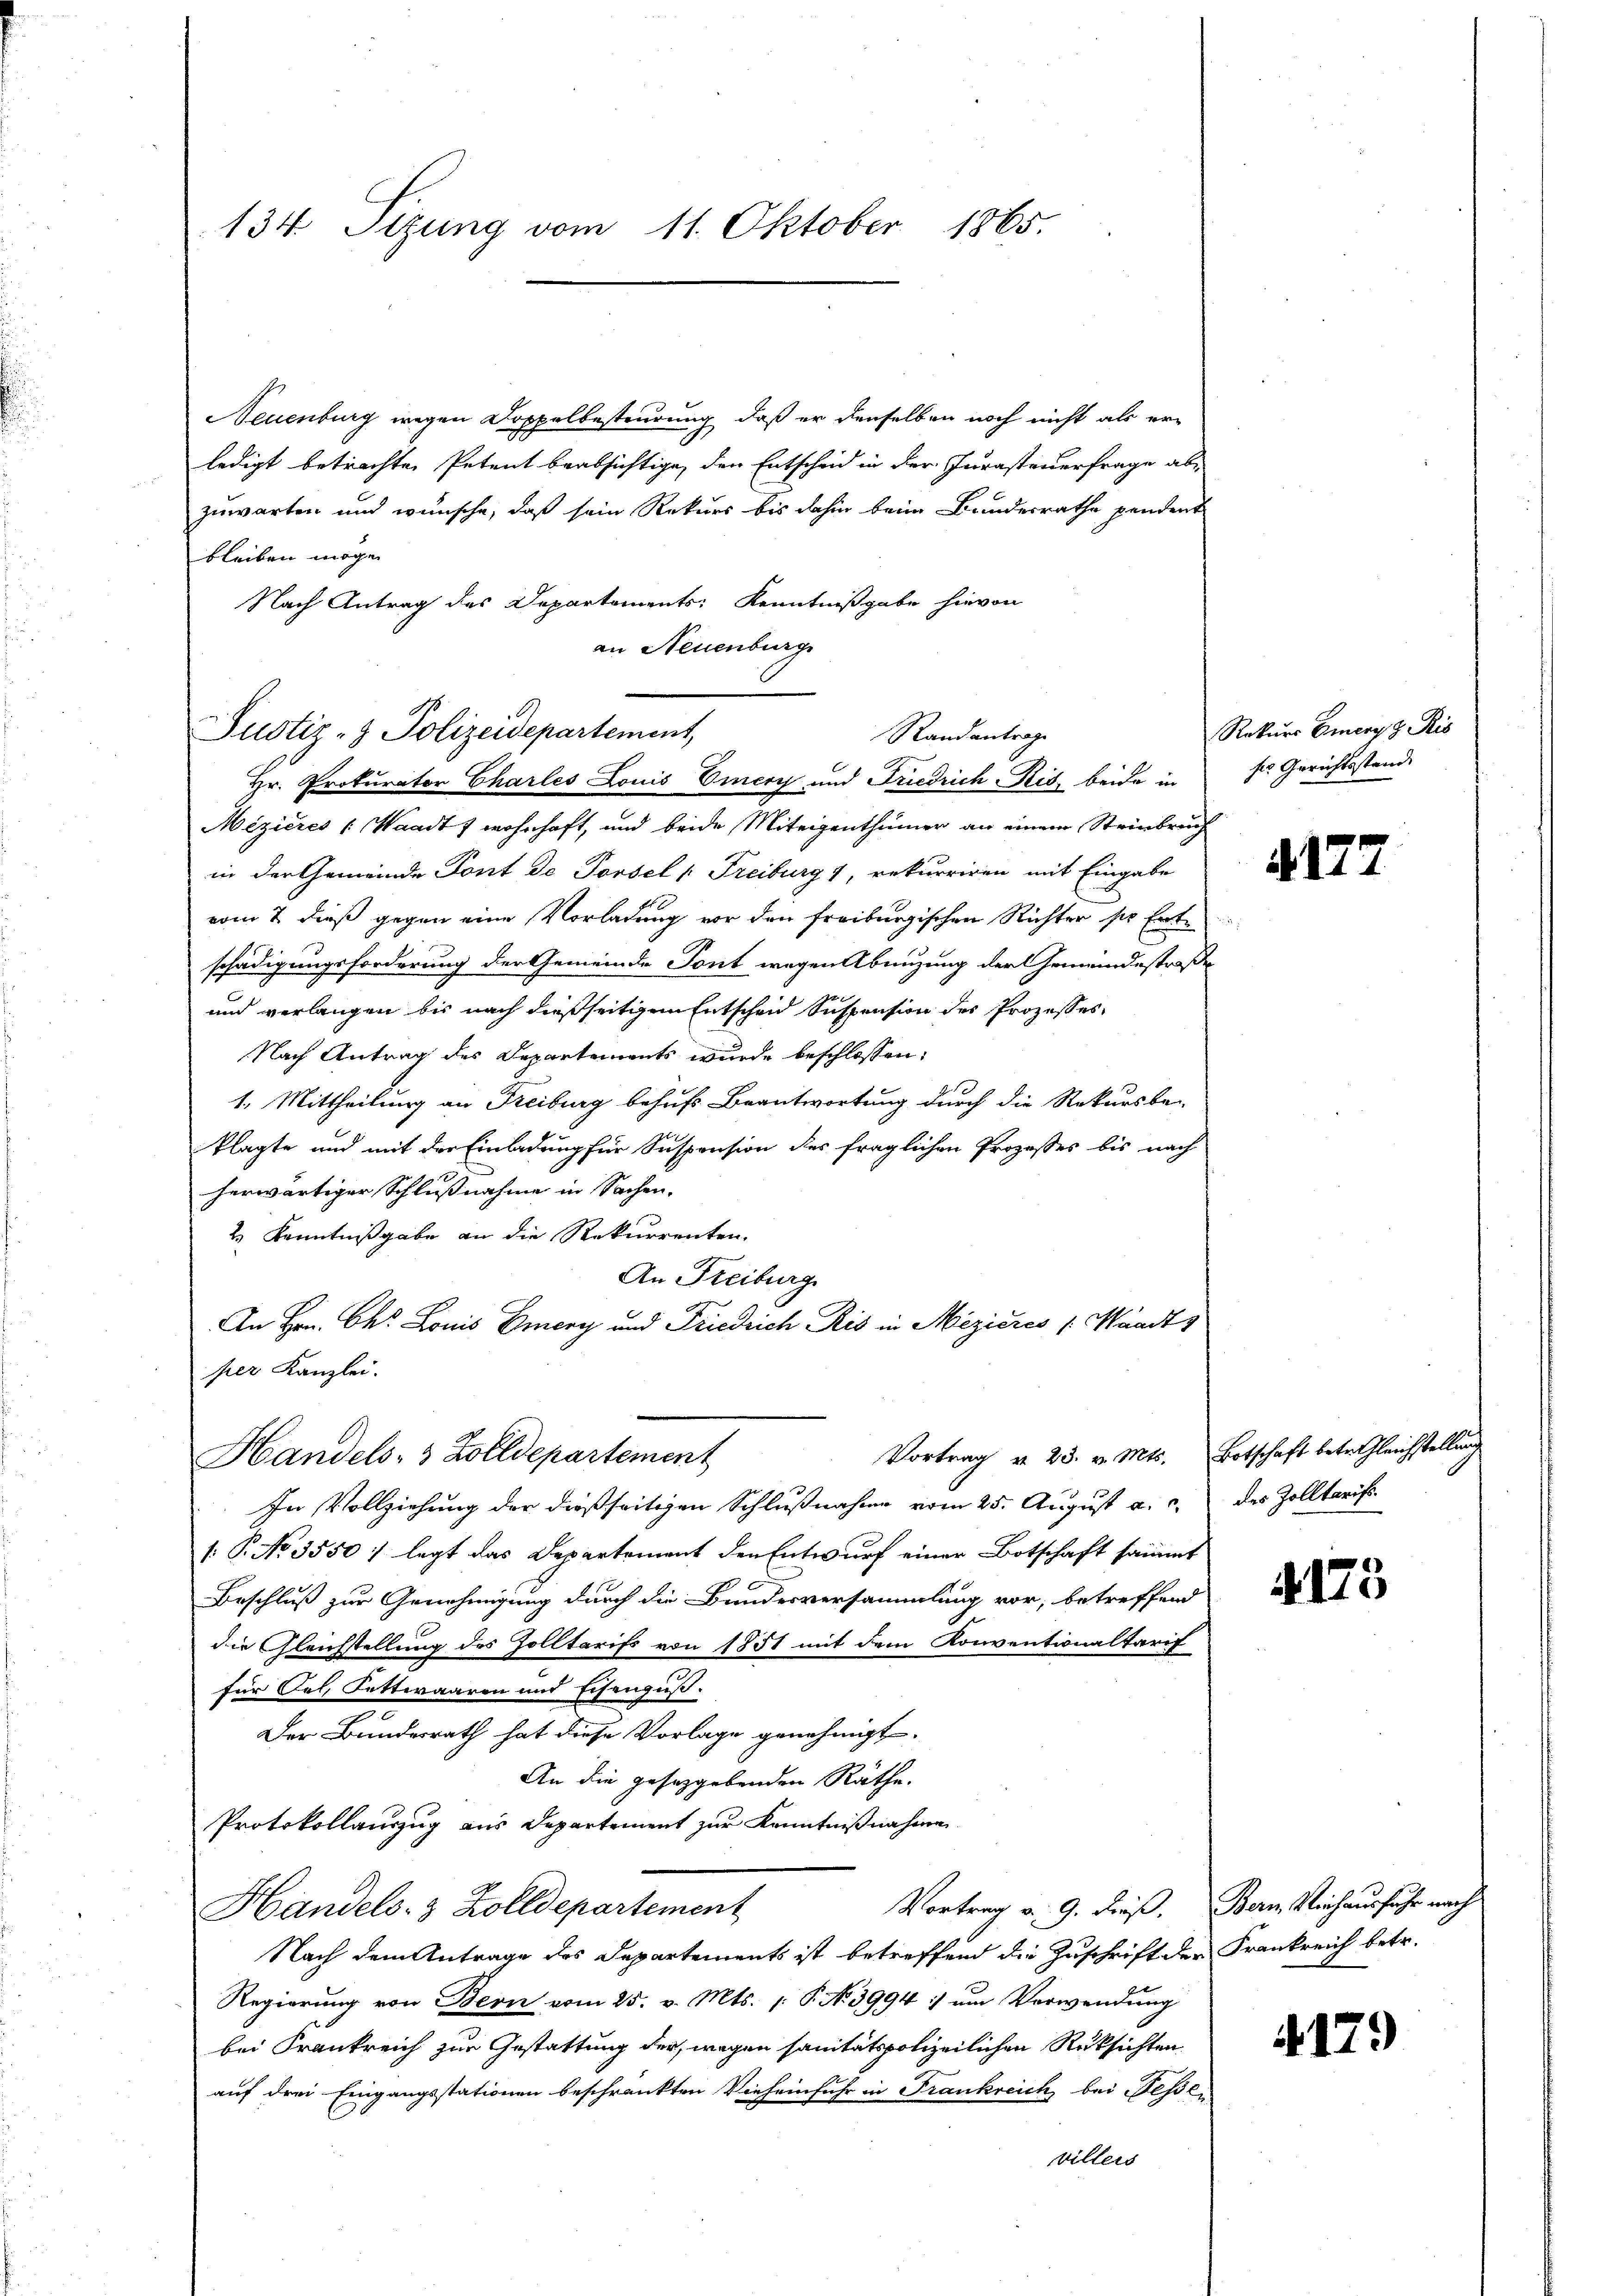
134 Sizung vom 11. Oktober 1865.

Neuenburg wegen Doppelbesteurung, daß er denselben noch nicht als erledigt betrachten Petent beabsichtige, den Entscheid in der Jurasteuerfrage ab
zuwarten und wünsche, daß sein Rekurs bis dahin beim Bundesrathe pendent
bleiben möge.
Nach Antrag des Departements: Kenntnißgabe hievon
an Neuenburg
Mizieres (Waadt f wohnhaft, und beide Miteigenthümer an einem Steinbruch
in der Gemeinde Tont de Porsel (Freiburg 1, rekurriren mit Eingabe
vom 2. dieß gegen eine Vorladung vor den freiburgischen Richter pr Ente
schädigungsforderung der Gemeinde Tont wegen Abnüzung der Gemeindestraße
und verlangen bis nach dießseitigem Entscheid Suspension des Prozesses
Nach Antrag des Departements wurde beschlossen:
1. Mittheilung an Freiburg behufs Beantwortung durch die Rekursbe-
klagte und mit der Einladung für Suspension des fraglichen Prozesses bis nach
herwärtiger Schlußnahme in Sachen.
2 Kenntnißgabe an die Rekurrenten.
An Freiburg
An Hrn. Chr. Louis Emery und Friedrich Ris in Mezieres /: Waadt,
per Kanzlei.
Vortrag v. 23. v. Mts. Botschaft betr. Gleichstellung
Handels- & Zolldepartement
In Vollziehung der dießseitigen Schlußnahme vom 25. August a. c.
/: P. No 3550: legt das Departement den Entwurf einer Botschaft sämmt
Beschluß zur Genehmigung durch die Bundesversammlung vor, betreffend
die Gleichstellung des Zolltarifs von 1851 mit dem Konventionaltarif
für Oel, Fettwaaren und schenguß.
Der Bundesrath hat diese Vorlage genehmigt.
An die gesetzgebenden Räthe.
Protokollauszug aus Departement zur Kenntnißnahme
Vortrag v. 9. Dieß. Bern Viehausfuhr nach
Handels- & Zolldepartement
Nach dem Antrage des Departements ist betreffend die Zuschrift der Frankreich betr.
Regierung von Bern vom 25. v. Mts. 1 P. No 3994 :/ um Verwendung
bei Frankreich zur Gestattung der, wegen sanitätspolizeilichen Rüksichten
auf drei Eingangsstationen beschränkten Vieheinfuhr in Frankreich bei essei
villers

Justiz- & Polizeidepartement,

Rand antrage
Hr. Prokurator Charles Louis Einery und Friedrich Ris, beide in

Rekurs Emerg z. Ris
ses Gerichtsstande

4177

des Zolltarift

.175

179